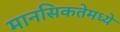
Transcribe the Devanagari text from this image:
मानसिकतेमध्ये